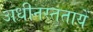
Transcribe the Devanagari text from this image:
अधीनस्ततायें